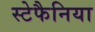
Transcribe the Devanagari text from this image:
स्टेफैनिया